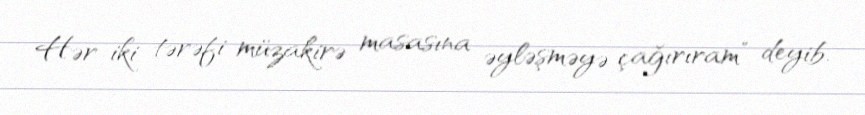
Hər iki tərəfi müzakirə masasına əyləşməyə çağırıram” deyib.